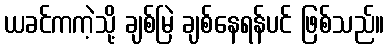
ယခင်ကကဲ့သို့ ချစ်မြဲ ချစ်နေရန်ပင် ဖြစ်သည်။